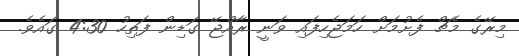
މިރޭގެ މެޗް ފެށުމަށް ހަމަޖެހިފައި ވަނީ ރާއްޖޭ ގަޑިން ފަތިހު 4:30 ގައެވެ.